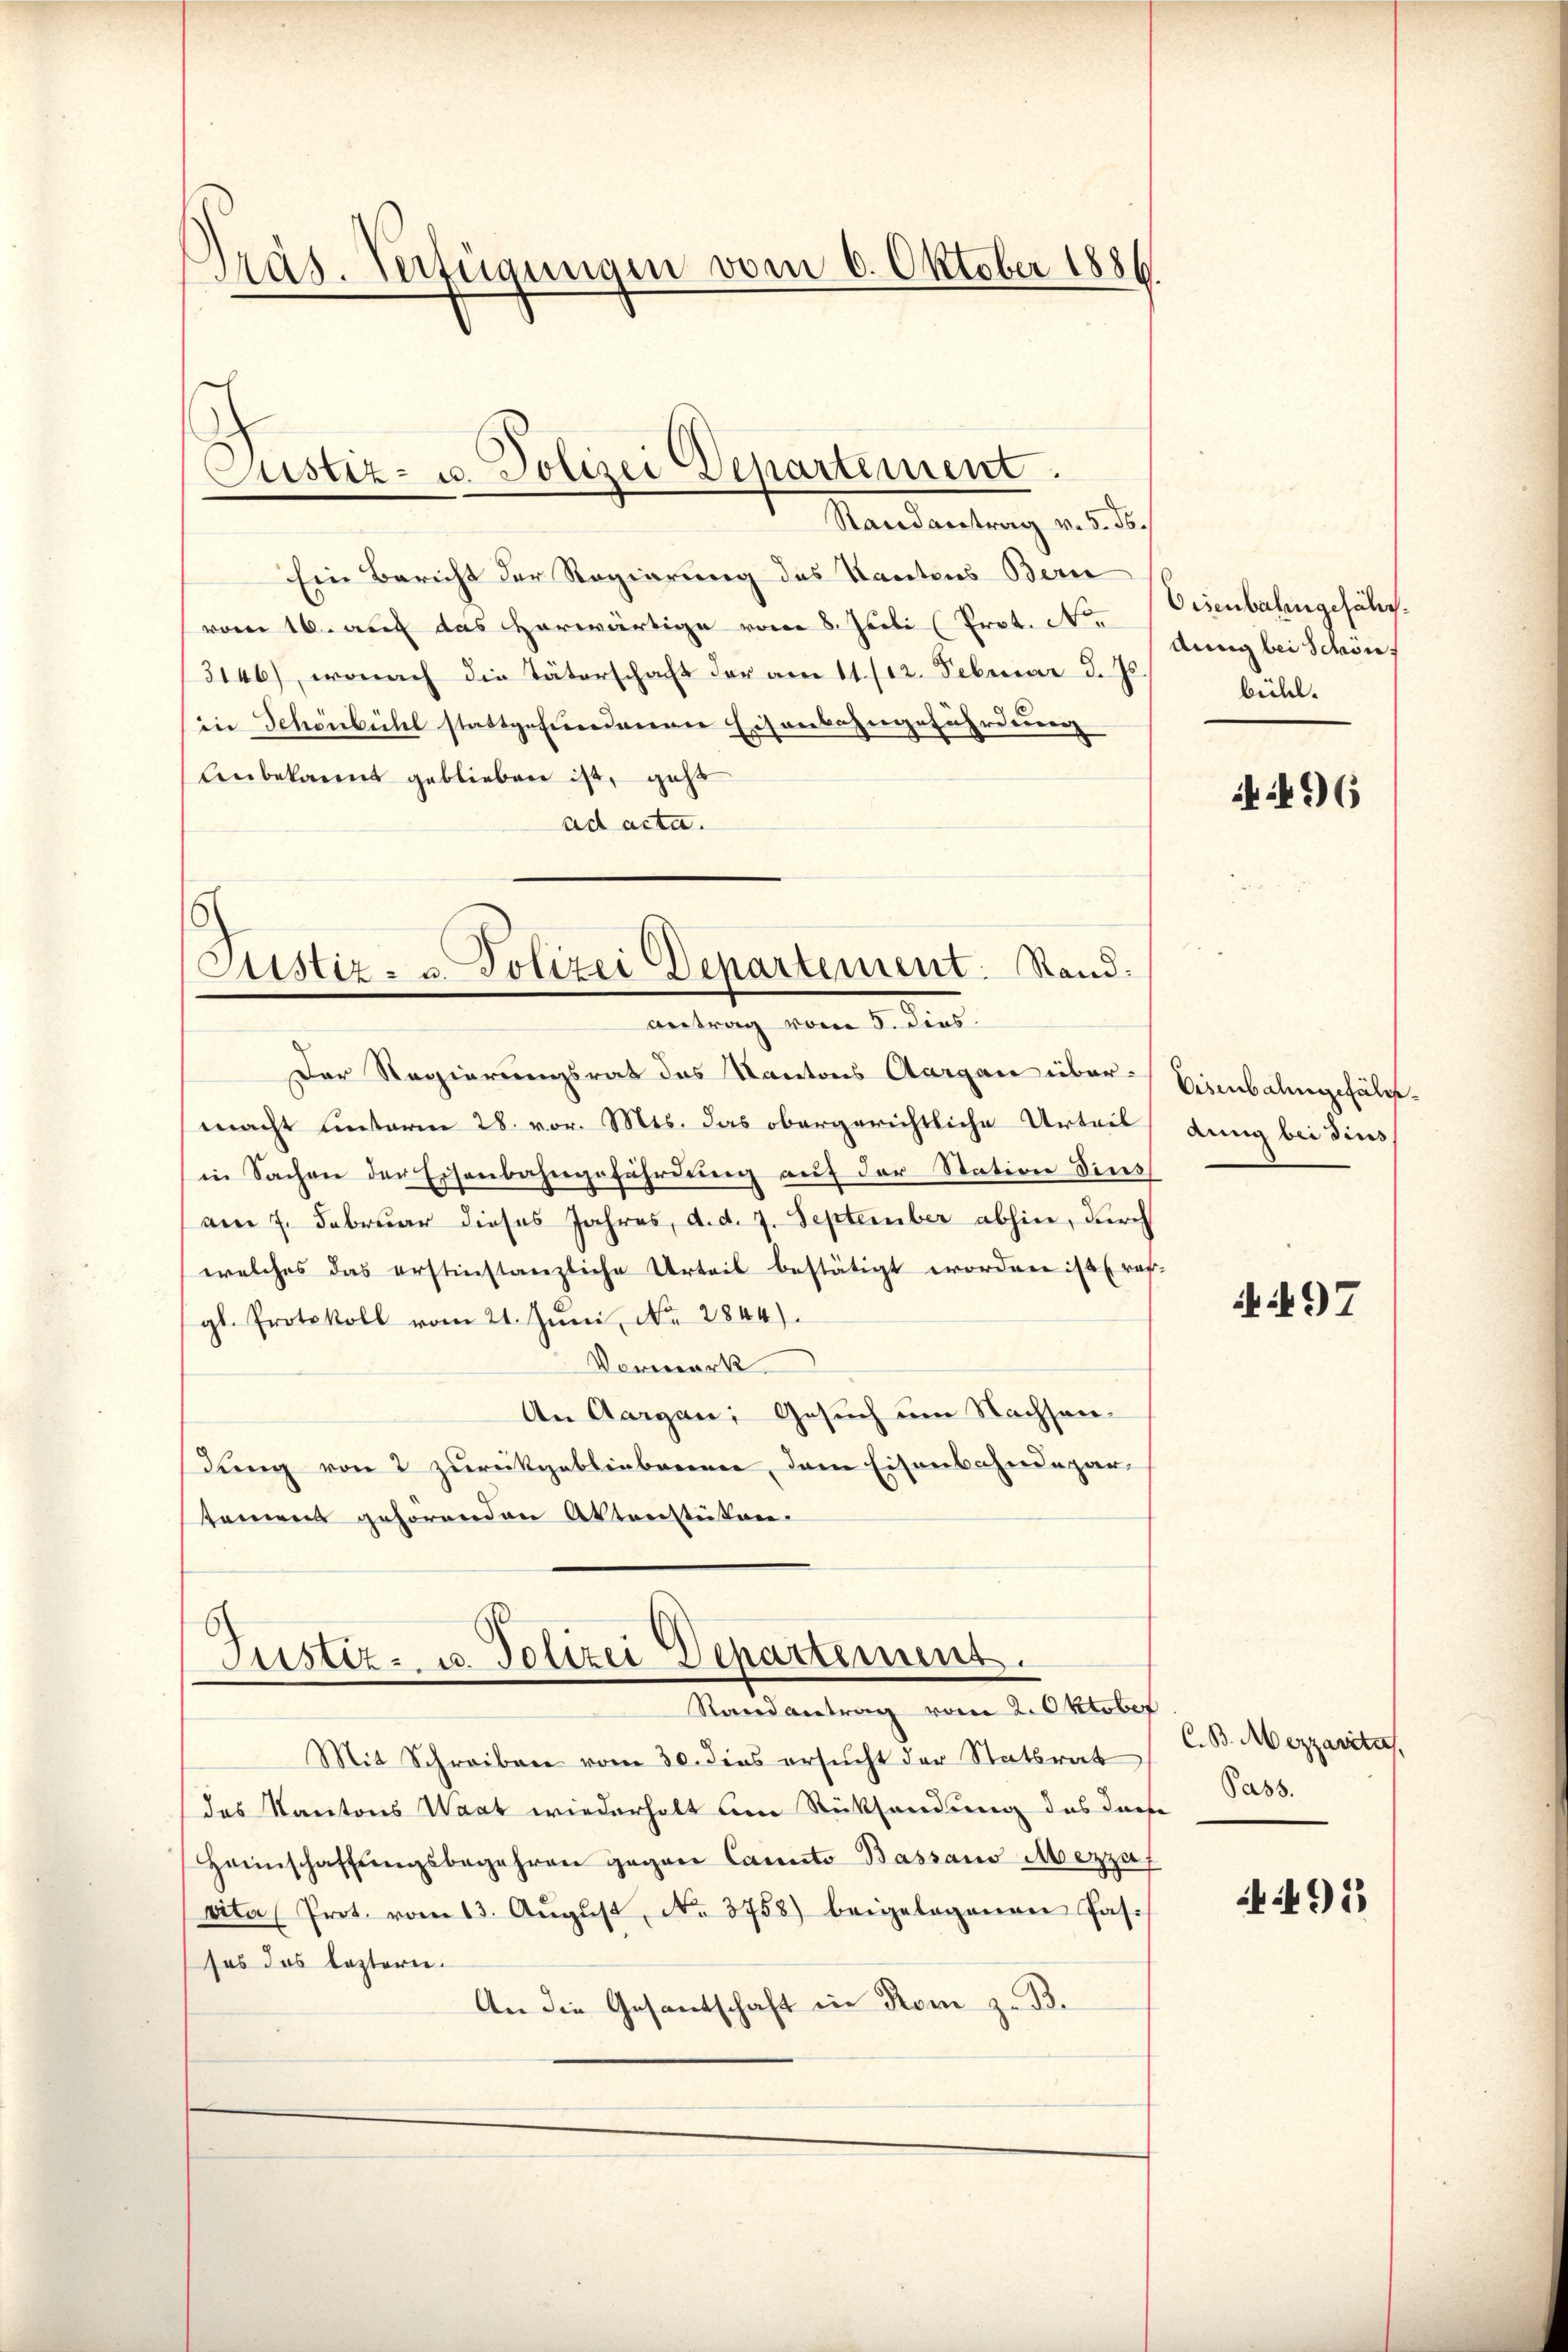
Präs. Verfügungen vom 6. Oktober 1886.

Mandantung v. unter
Ein Bericht der Regierung des Kantons Bern
vom 16. auf das herwärtige vom 8. Juli (Prot. N.
3146), wonach die Täterschaft der am 11. /12. Februar d. Js.
in Schönbühl stattgefundenen Eisenbahngefährdung
Unbekannt geblieben ist, gaß
ad acta.
Der Regierungsrat des Kantons Aargau über Einbahngefälmacht unterm 28. vor. Mts. das obergerichtliche Urteil
in Sachen der Eisenbahngefährdung auf der Station dies
am 7. Februar dieses Jahres, d. d. 7. September abhin, durch
welches das erstinstanzliche Urteil bestätigt worden ist (res-
gl. Protokoll vom 21. Juni No 2844).
Vormerk.
An Aargau, Gesuch um Nachsandung von 2 zurückgebliebenen, dem Eisenbahndeparsemens gehörenden Aktenstüken.

Justiz- u. Polizei Departement.

Justiz- & Polizei Departement. Stand:
antrag vom 5. dies

Justiz- u. Polizei Departemens.
Randantrag vom 2. Oktober

Mit Schreiben vom 30. dies ersucht der Statsrat
das Kantons Wart wiederholt am Rücksendung des diese
Haunschaffŭngsbegehren gegen Canto Bassaus Mezzaf
vita Prot. vom 13. Aŭgŭst No. 3758) beigelegenen Pas-
ses das leztern.
An die Gesantschaft in Rom z. B.

Eisenbahngefährdung bei Schön,
bühl.

36

dung bei dies

if. 497

C. B. Mezzarita,
Pass.

491